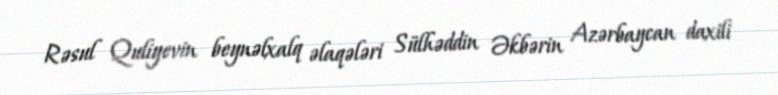
Rəsul Quliyevin beynəlxalq əlaqələri Sülhəddin Əkbərin Azərbaycan daxili